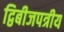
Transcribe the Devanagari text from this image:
द्विबीजपत्रीय